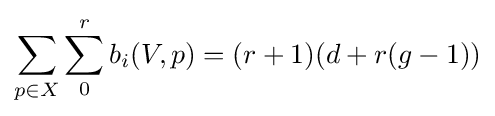
\sum _{p\in X}\sum _{0}^{r}b_{i}(V,p)=(r+1)(d+r(g-1))